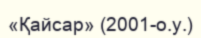
«Қайсар» (2001-о.у.)